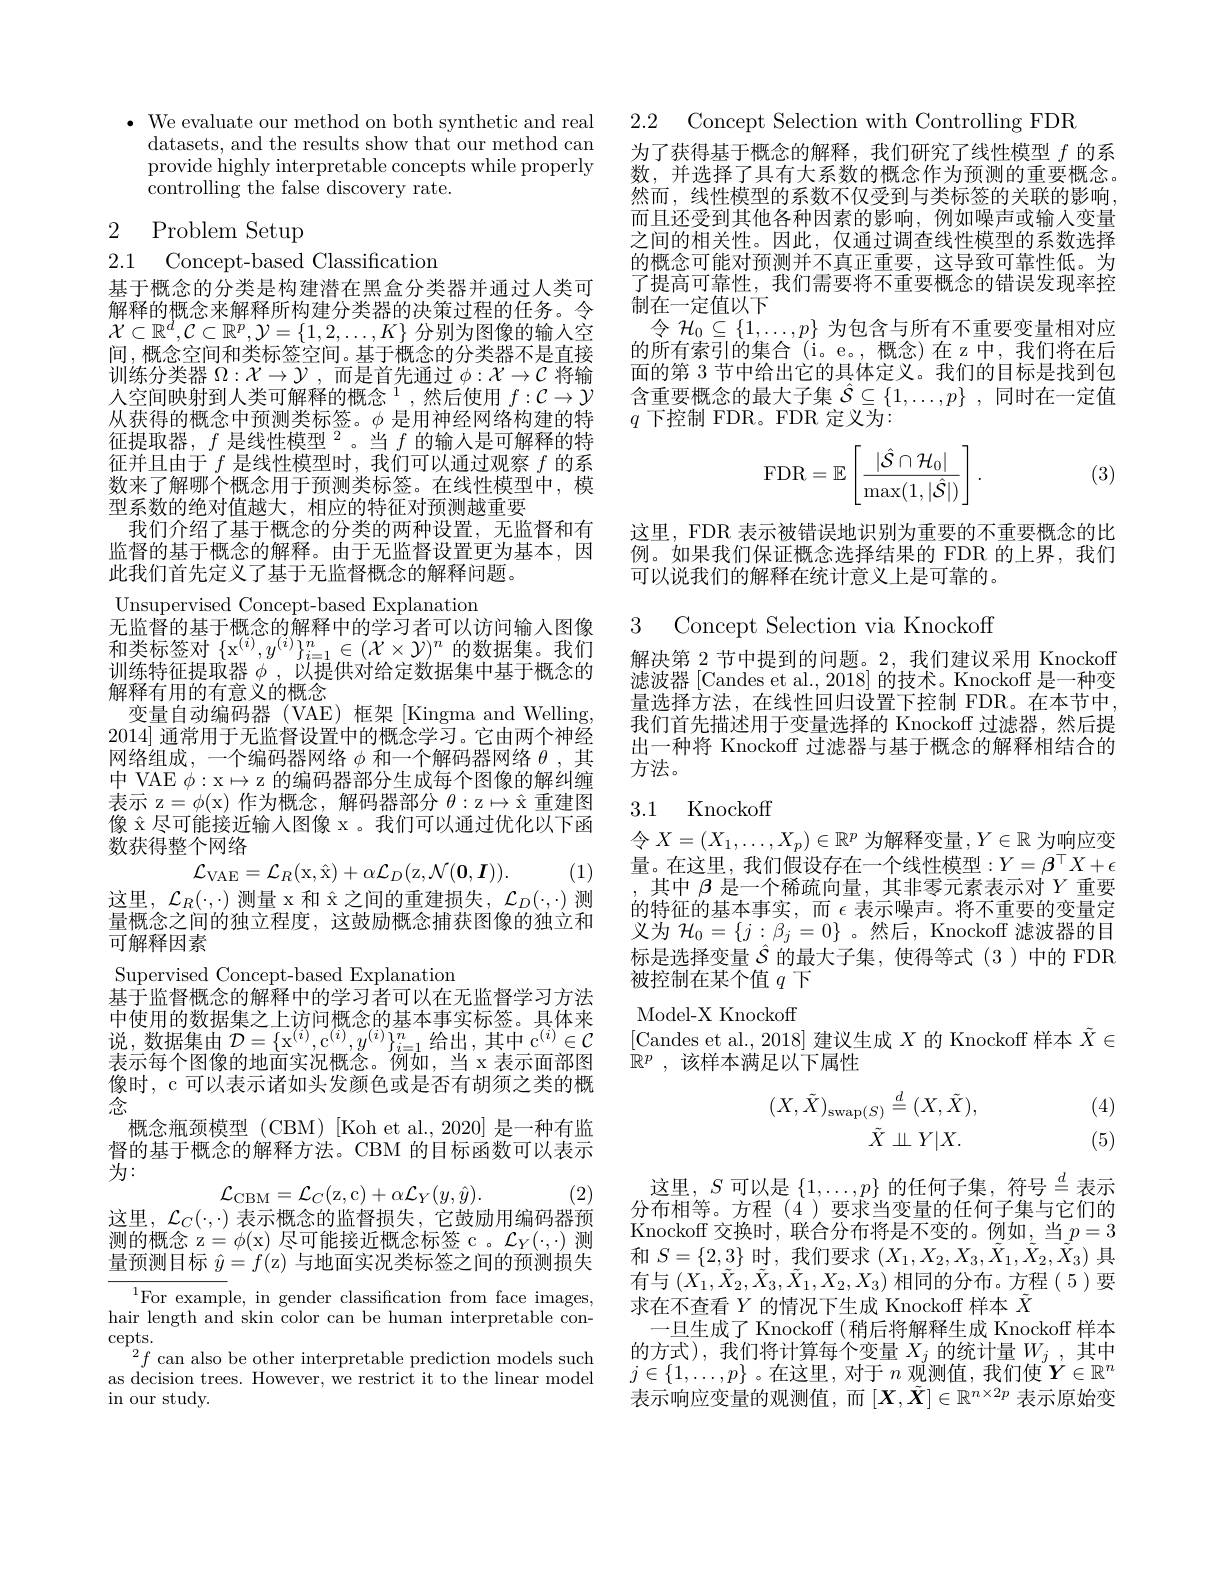
$\bullet$ We evaluate our method on both synthetic and real 2.2 Concept Selection with Controlling FDR
datasets, and the results show that our method can provide highly interpretable concepts while properly controlling the false discovery rate.

# 2 Problem Setup

2.1 Concept-based Classification
基于概念的分类是构建潜在黑盒分类器并通过人类可解释的概念来解释所构建分类器的决策过程的任务。令$\mathcal{X}\subset\mathbb{R}^d,\mathcal{C}\subset\mathbb{R}^p,\mathcal{Y}=\{1,2,\ldots,K\}$分别为图像的输入空间，概念空间和类标签空间。基于概念的分类器不是直接训练分类器$\Omega:\mathcal{X}\to\mathcal{Y}$,而是首先通过$\phi:\mathcal{X}\to\mathcal{C}$将输人空间映射到人类可解释的概念$^1$,然后使用 $f:\mathcal{C}\to\mathcal{Y}$ 从获得的概念中预测类标签。$\phi$是用神经网络构建的特征提取器，$f\text{ 是线性模型 }^2$。当$f$的输人是可解释的特征并且由于$f$是线性模型时，我们可以通过观察$f$的系数来了解哪个概念用于预测类标签。在线性模型中，模型系数的绝对值越大，相应的特征对预测越重要
我们介绍了基于概念的分类的两种设置，无监督和有监督的基于概念的解释。由于无监督设置更为基本，因此我们首先定义了基于无监督概念的解释问题。
Unsupervised Concept-based Explanation
无监督的基于概念的解释中的学习者可以访问输入图像和类标签对$\{ \mathrm{x} ^{( i) }, y^{( i) }\} _{i= 1}^n\in ( \mathcal{X} \times \mathcal{Y} ) ^n$的数据集。我们训练特征提取器$\phi$ , 以提供对给定数据集中基于概念的解释有用的有意义的概念
变量自动编码器(VAE)框架[KingmaandWelling, 2014]通常用于无监督设置中的概念学习。它由两个神经网络组成，一个编码器网络$\phi$和一个解码器网络$\theta$,其中 VAE $\phi:$x$\mapsto$z 的编码器部分生成每个图像的解纠缠表示 z$=\phi($x)作为概念，解码器部分$\theta:z\mapsto\hat{\mathrm{x}}$重建图像$\hat{\mathrm{x}}$尽可能接近输人图像 x。我们可以通过优化以下函数获得整个网络
(1)
$$\mathcal{L}_{\mathrm{VAE}}=\mathcal{L}_{R}(\mathrm{x},\hat{\mathrm{x}})+\alpha\mathcal{L}_{D}(\mathrm{z},\mathcal{N}(\mathbf{0},\mathbf{I})).$$
这里，$\mathcal{L}_R(\cdot,\cdot)$测量 x 和$\hat{\mathrm{x}}$之间的重建损失，$\mathcal{L}_D(\cdot,\cdot)$测

量概念之间的独立程度，这鼓励概念捕获图像的独立和
可解释因素

Supervised Concept-based Explanation
基于监督概念的解释中的学习者可以在无监督学习方法中使用的数据集之上访问概念的基本事实标签。具体来说，数据集由$\mathcal{D} = \{ \mathrm{x} ^{( i) }, \mathrm{c} ^{( i) }, y^{( i) }\} _{i= 1}^{n}$给出，其中 c$^(i)\in\mathcal{C}$ 表示每个图像的地面实况概念。例如，当x表示面部图像时，c 可以表示诸如头发颜色或是否有胡须之类的概念
概念瓶颈模型(CBM)[Koh et al., 2020] 是一种有监督的基于概念的解释方法。CBM 的目标函数可以表示为：
$$\mathcal{L}_{\mathrm{CBM}}=\mathcal{L}_{C}(\mathrm{z},\mathrm{c})+\alpha\mathcal{L}_{Y}(y,\hat{y})$$
这里，$\mathcal{L}_C(\cdot,\cdot)$表示概念的监督损失，它鼓励用编码器预

(2)

测的概念 z$=\phi($x) 尽可能接近概念标签 c。$\mathcal{L}_Y(\cdot,\cdot)$测量预测目标$\hat{y}=f($z) 与地面实况类标签之间的预测损失
$^{1}$For example, in gender classification from face images, hair length and skin color can be human interpretable con- $\operatorname{cepts.}$
$^{2}f$ can also be other interpretable prediction models such as decision trees. However, we restrict it to the linear model in our study.

为了获得基于概念的解释，我们研究了线性模型$f$的系数，并选择了具有大系数的概念作为预测的重要概念。然而，线性模型的系数不仅受到与类标签的关联的影响而且还受到其他各种因素的影响，例如噪声或输入变量之间的相关性。因此，仅通过调查线性模型的系数选择的概念可能对预测并不真正重要，这导致可靠性低。为了提高可靠性，我们需要将不重要概念的错误发现率控制在一定值以下
令$\mathcal{H}_0\subseteq\{1,\ldots,p\}$为包含与所有不重要变量相对应的所有索引的集合(i。e。,概念)在z中，我们将在后面的第 3 节中给出它的具体定义。我们的目标是找到包含重要概念的最大子集$\hat{\mathcal{S}}\subseteq\{1,\ldots,p\}$,同时在一定值$q$下控制 FDR。FDR 定义为：
$$\mathrm{FDR}=\mathbb{E}\left[\frac{|\hat{\mathcal{S}}\cap\mathcal{H}_0|}{\max(1,|\hat{\mathcal{S}}|)}\right].$$
(3)

这里，FDR 表示被错误地识别为重要的不重要概念的比例。如果我们保证概念选择结果的 FDR 的上界，我们可以说我们的解释在统计意义上是可靠的。

3 Concept Selection via Knockof

解决第 2 节中提到的问题。2,我们建议采用 Knockoff 滤波器[Candes et al., 2018] 的技术。Knockoff 是一种变量选择方法，在线性回归设置下控制 FDR。在本节中我们首先描述用于变量选择的 Knockoff 过滤器，然后提出一种将 Knockoff 过滤器与基于概念的解释相结合的$\vec{\text{方法。}}$

### 3.1 Knockoff

令$X=(X_1,\ldots,X_p)\in\mathbb{R}^p$为解释变量$,Y\in\mathbb{R}$为响应变量。在这里，我们假设存在一个线性模型$:Y=\beta^\top X+\epsilon$ ,其中$\beta$是一个稀疏向量，其非零元素表示对$Y$重要的特征的基本事实，而$\epsilon$表示噪声。将不重要的变量定义为$\mathcal{H}_0=\{j:\beta_{j}=0\}$ 。然后，Knockoff 滤波器的目标是选择变量$\hat{\mathcal{S}}$ 的最大子集，使得等式(3)中的 FDR 被控制在某个值$q$下

Model-X Knockoff
[Candes et al., 2018] 建议生成$X$的 Knockoff 样本$\tilde{X}\in$

$\mathbb{R} ^p$ , 该样本满足以下属性

(4)
$$\begin{array}{c}(X,\tilde{X})_{\mathrm{swap}(S)}\stackrel{d}{=}(X,\tilde{X}),\\\tilde{X}\not\perp Y|X.\end{array}$$
(5)

这里，$S$可以是$\{1,\ldots,p\}$ 的任何子集，符号$\overset d=$表示分布相等。方程(4)要求当变量的任何子集与它们的Knockoff 交换时，联合分布将是不变的。例如，当$p=3$ 和$S=\{2,3\}$时，我们要求$(X_1,X_2,X_3,\tilde{X}_1,\tilde{X}_2,\tilde{X}_3)$具有与$(X_1,\tilde{X}_2,\tilde{X}_3,\tilde{X}_1,X_2,X_3)$相同的分布。方程(5)要求在不查看$Y$的情况下生成 Knockoff 样本$\tilde{X}$
一旦生成了 Knockoff (稍后将解释生成 Knockoff 样本的方式),我们将计算每个变量$X_j$的统计量$W_j$,其中$j\in\{1,\ldots,p\}$ 。在这里，对于$n$观测值，我们使$\boldsymbol Y\in\mathbb{R}^n$ 表示响应变量的观测值，而$[\boldsymbol X,\tilde{X}]\in\mathbb{R}^{n\times2p}$表示原始变